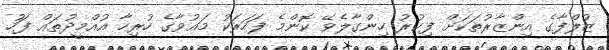
ޒުލްފާގެ އިންޒާރުތަކަށް ފިކުރު ހިންގާލެވޭ ކޮންމެ ފަހަރަކު މައުވާގެ ހުރިހާ އުއްމީދުތައް ފަހު